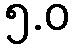
၅.ဝ